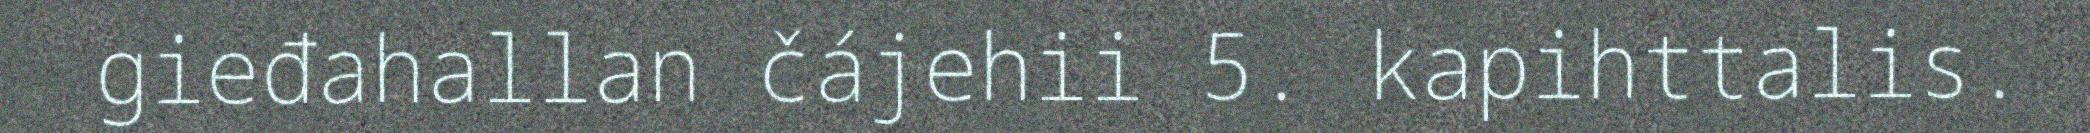
gieđahallan čájehii 5. kapihttalis.